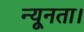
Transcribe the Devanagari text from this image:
न्यूनता।